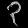
Digit: ၃